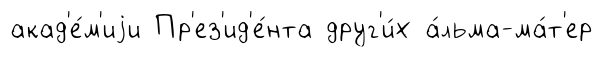
акад'е́м'иjи Пр'ез'ид'е́нта друг'и́х а́льма-ма́т'ер